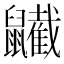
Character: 𪖋